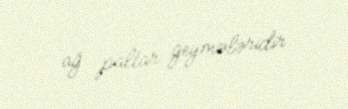
ağ paltar geymələridir.